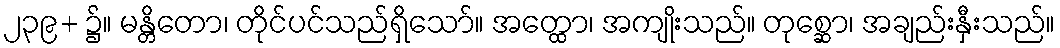
၂၃၉+ ၌။ မန္တိတော၊ တိုင်ပင်သည်ရှိသော်။ အတ္ထော၊ အကျိုးသည်။ တုစ္ဆော၊ အချည်းနှီးသည်။